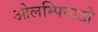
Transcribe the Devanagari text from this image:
ओलम्पियाडो